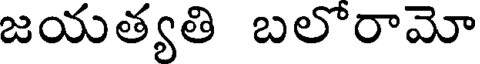
జయత్యతి బలోరామో